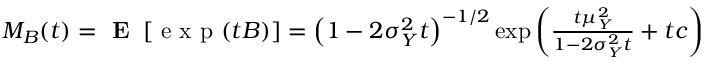
\begin{array} { r } { M _ { B } ( t ) = \textbf { E } \left[ \mathrm { ~ e ~ x ~ p ~ } ( t B ) \right] = \left( 1 - 2 \sigma _ { Y } ^ { 2 } t \right) ^ { - 1 / 2 } \exp { \left( \frac { t \mu _ { Y } ^ { 2 } } { 1 - 2 \sigma _ { Y } ^ { 2 } t } + t c \right) } } \end{array}